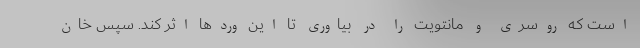
است که روسری و مانتویت را در بیاوری تا این وردها اثر کند. سپس خان